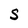
Character: S